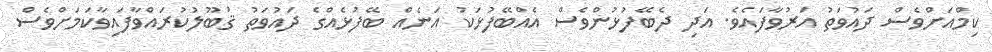
ކިމްއަށްވެސް ދައުވަތު އަރުވާފައެވެ. އަދި ދެބޭފުޅުންވެސް އެއްބޭފުޅަކު އަނެއް ބޭފުޅެއްގެ ދައުވަތު ޤަބޫލުކުރައްވާފައިވާކަމަށްވެސް